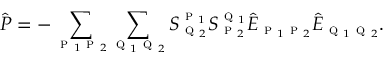
\hat { P } = - \sum _ { \textsc { p } _ { 1 } \textsc { p } _ { 2 } } \sum _ { \textsc { q } _ { 1 } \textsc { q } _ { 2 } } S _ { \textsc { q } _ { 2 } } ^ { \textsc { p } _ { 1 } } S _ { \textsc { p } _ { 2 } } ^ { \textsc { q } _ { 1 } } \hat { E } _ { \textsc { p } _ { 1 } \textsc { p } _ { 2 } } \hat { E } _ { \textsc { q } _ { 1 } \textsc { q } _ { 2 } } .